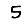
Digit: 5